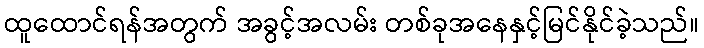
ထူထောင်ရန်အတွက် အခွင့်အလမ်း တစ်ခုအနေနှင့်မြင်နိုင်ခဲ့သည်။